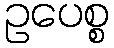
ဥပေစ္စ